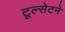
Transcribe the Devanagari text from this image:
टूल्सेटने